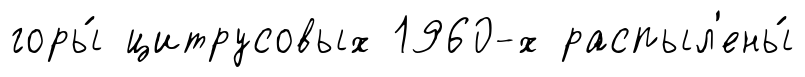
горы́ цитрусовых 1960-х распыл'ены́